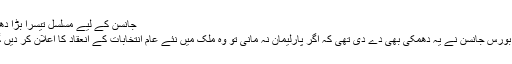
جانسن کے لیے مسلسل تیسرا بڑا دھچکا
پھر بورس جانسن نے یہ دھمکی بھی دے دی تھی کہ اگر پارلیمان نہ مانی تو وہ ملک میں نئے عام انتخابات کے انعقاد کا اعلان کر دیں گے۔